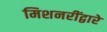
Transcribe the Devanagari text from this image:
मिशनरींद्वारे